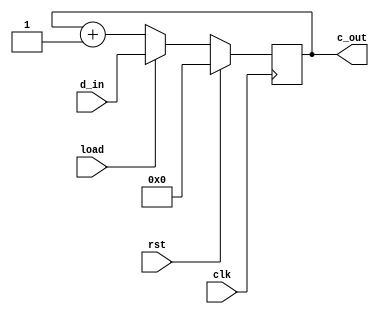
`timescale 1ns / 1ps
//////////////////////////////////////////////////////////////////////////////////
// Company: 
// Engineer: 
// 
// Design Name: 
// Module Name: up_counter
// Project Name: 
// Target Devices: 
// Tool Versions: 
// Description: 
// 
// Dependencies: 
// 
// Revision:
// Revision 0.01 - File Created
// Additional Comments:
// 
//////////////////////////////////////////////////////////////////////////////////


module up_counter(
    input [3:0]d_in,
    input clk,rst,load,
    output reg [3:0]c_out
    );
    
    always@(posedge clk)
      begin
        if(rst)
          c_out<=4'b0000;
        else if(load)
        begin
            c_out<=d_in;
           
        end
         else
           c_out=c_out+1;
          
      end
      
endmodule